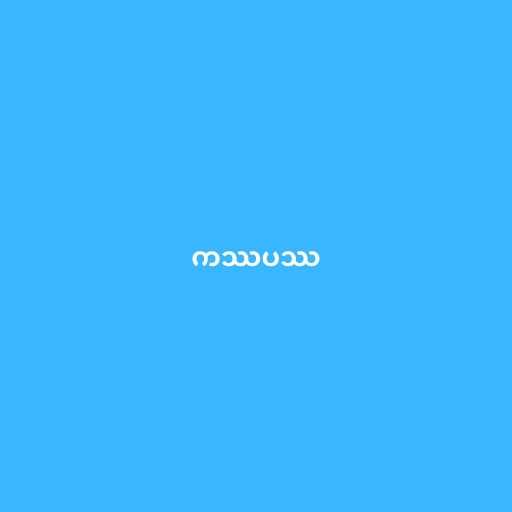
ကဿပဿ